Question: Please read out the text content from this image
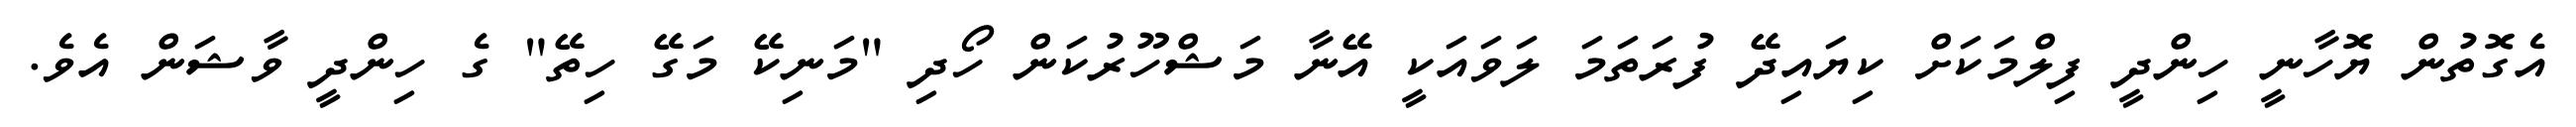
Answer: އެގޮތުން ޔޮހާނީ ހިންދީ ފިލްމަކަށް ކިޔައިދޭ ފުރަތަމަ ލަވައަކީ އޭނާ މަޝްހޫރުކަން ހޯދި "މަނިކޭ މަގޭ ހިތޭ" ގެ ހިންދީ ވާޝަން އެވެ.